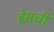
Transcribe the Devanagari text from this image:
हेसची